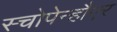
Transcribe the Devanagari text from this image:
स्चोपेन्हौएर